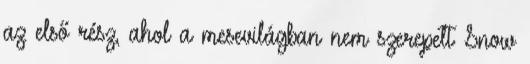
az első rész, ahol a mesevilágban nem szerepelt Snow